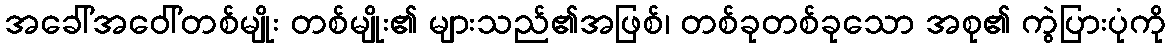
အခေါ်အဝေါ်တစ်မျိုး တစ်မျိုး၏ များသည်၏အဖြစ်၊ တစ်ခုတစ်ခုသော အစု၏ ကွဲပြားပုံကို